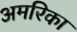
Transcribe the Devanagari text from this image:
अमरिका